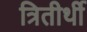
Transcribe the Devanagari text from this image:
त्रितीर्थी